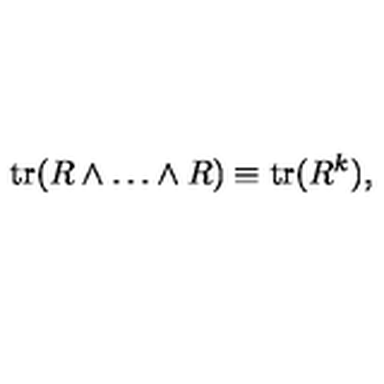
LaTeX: \mathrm { t r } ( R \wedge \ldots \wedge R ) \equiv \mathrm { t r } ( R ^ { k } ) ,